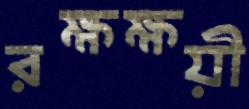
রক্ষক্ষয়ী